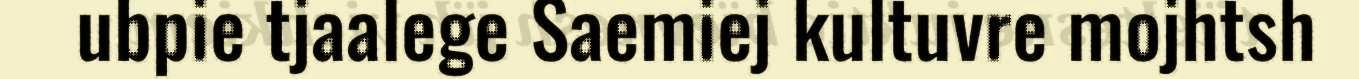
ubpie tjaalege Saemiej kultuvre mojhtsh